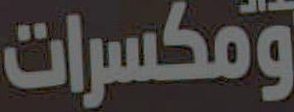
ومكسرات